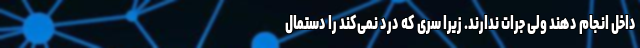
داخل انجام دهند ولی جرات ندارند. زیرا سری که درد نمی‌کند را دستمال